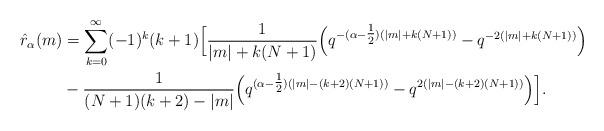
LaTeX: \begin{align*}\hat{r}_{\alpha}(m) &= \sum_{k=0}^{\infty} (-1)^k (k+1) \Big[ \frac{1}{|m|+k(N+1)} \Big( q^{-(\alpha-\tfrac{1}{2})(|m|+k(N+1))}-q^{-2(|m|+k(N+1))} \Big) \\&-\frac{1}{(N+1)(k+2) - |m|} \Big( q^{(\alpha-\tfrac{1}{2})(|m|-(k+2)(N+1))} - q^{2(|m|-(k+2)(N+1))} \Big) \Big]. \end{align*}